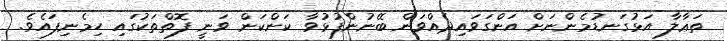
ތަޢާލާ އަޅުގަނޑުމެންނަށް އަންގަވައިދެއްވަން ބޭނުންފުޅުވާ ކަންކަން ވަނީ ފޮތްތަކުގައި ހިމެނިފައެވެ.